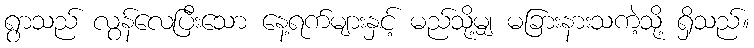
ရွာသည် လွန်လေပြီးသော နေ့ရက်များနှင့် မည်သို့မျှ မခြားနားသကဲ့သို့ ရှိသည်။